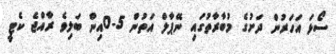
ސޯޅަ އަހަރުން ދަށުގެ މުބާރާތުގައި ނޭޕާލް އަތުން 5-0އިން ބަލިވެ ރާއްޖެ ކެޓީ